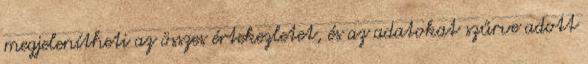
megjelenítheti az összes értekezletet, és az adatokat szűrve adott